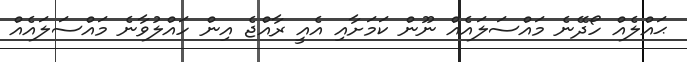
ޙައްލެއް ހޯދޭނެ މައްސަލައެއް ނޫން ކަމަށާއި އެއީ ރާއްޖެ އިން ހައްލުވާނެ މައްސަލައެއް